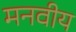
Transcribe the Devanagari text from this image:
मनवीय